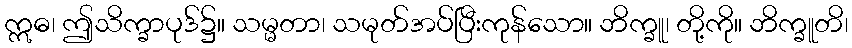
ဣဓ၊ ဤသိက္ခာပုဒ်၌။ သမ္မတာ၊ သမုတ်အပ်ပြီးကုန်သော။ ဘိက္ခူ၊ တို့ကို။ ဘိက္ခူတိ၊